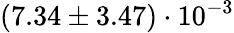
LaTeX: (7.34\pm 3.47)\cdot 10^{-3}